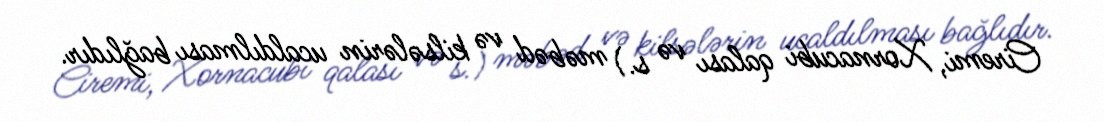
Ciremi, Xornacubi qalası və s.) məbəd və kilsələrin ucaldılması bağlıdır.